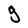
Character: g